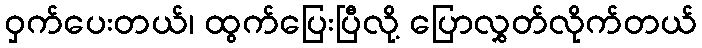
ဝှက်ပေးတယ်၊ ထွက်ပြေးပြီလို့ ပြောလွှတ်လိုက်တယ်